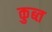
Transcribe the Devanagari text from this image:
कुब्त